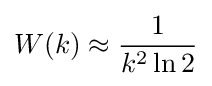
W(k)\approx {\frac {1}{k^{2}\ln 2}}